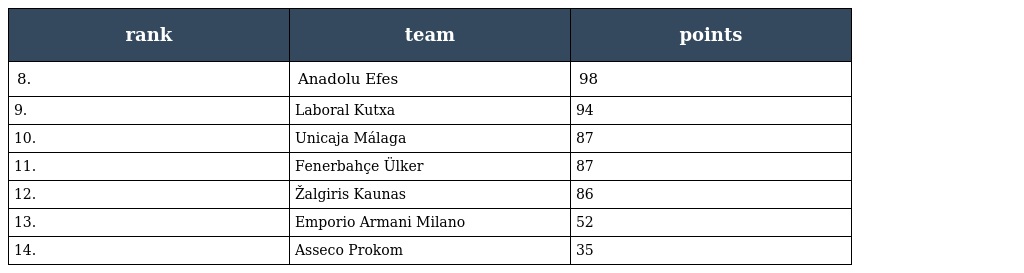
| rank | team | points |
 | --- | --- | --- |
 | 8. | Anadolu Efes | 98 |
 | 9. | Laboral Kutxa | 94 |
 | 10. | Unicaja Málaga | 87 |
 | 11. | Fenerbahçe Ülker | 87 |
 | 12. | Žalgiris Kaunas | 86 |
 | 13. | Emporio Armani Milano | 52 |
 | 14. | Asseco Prokom | 35 |